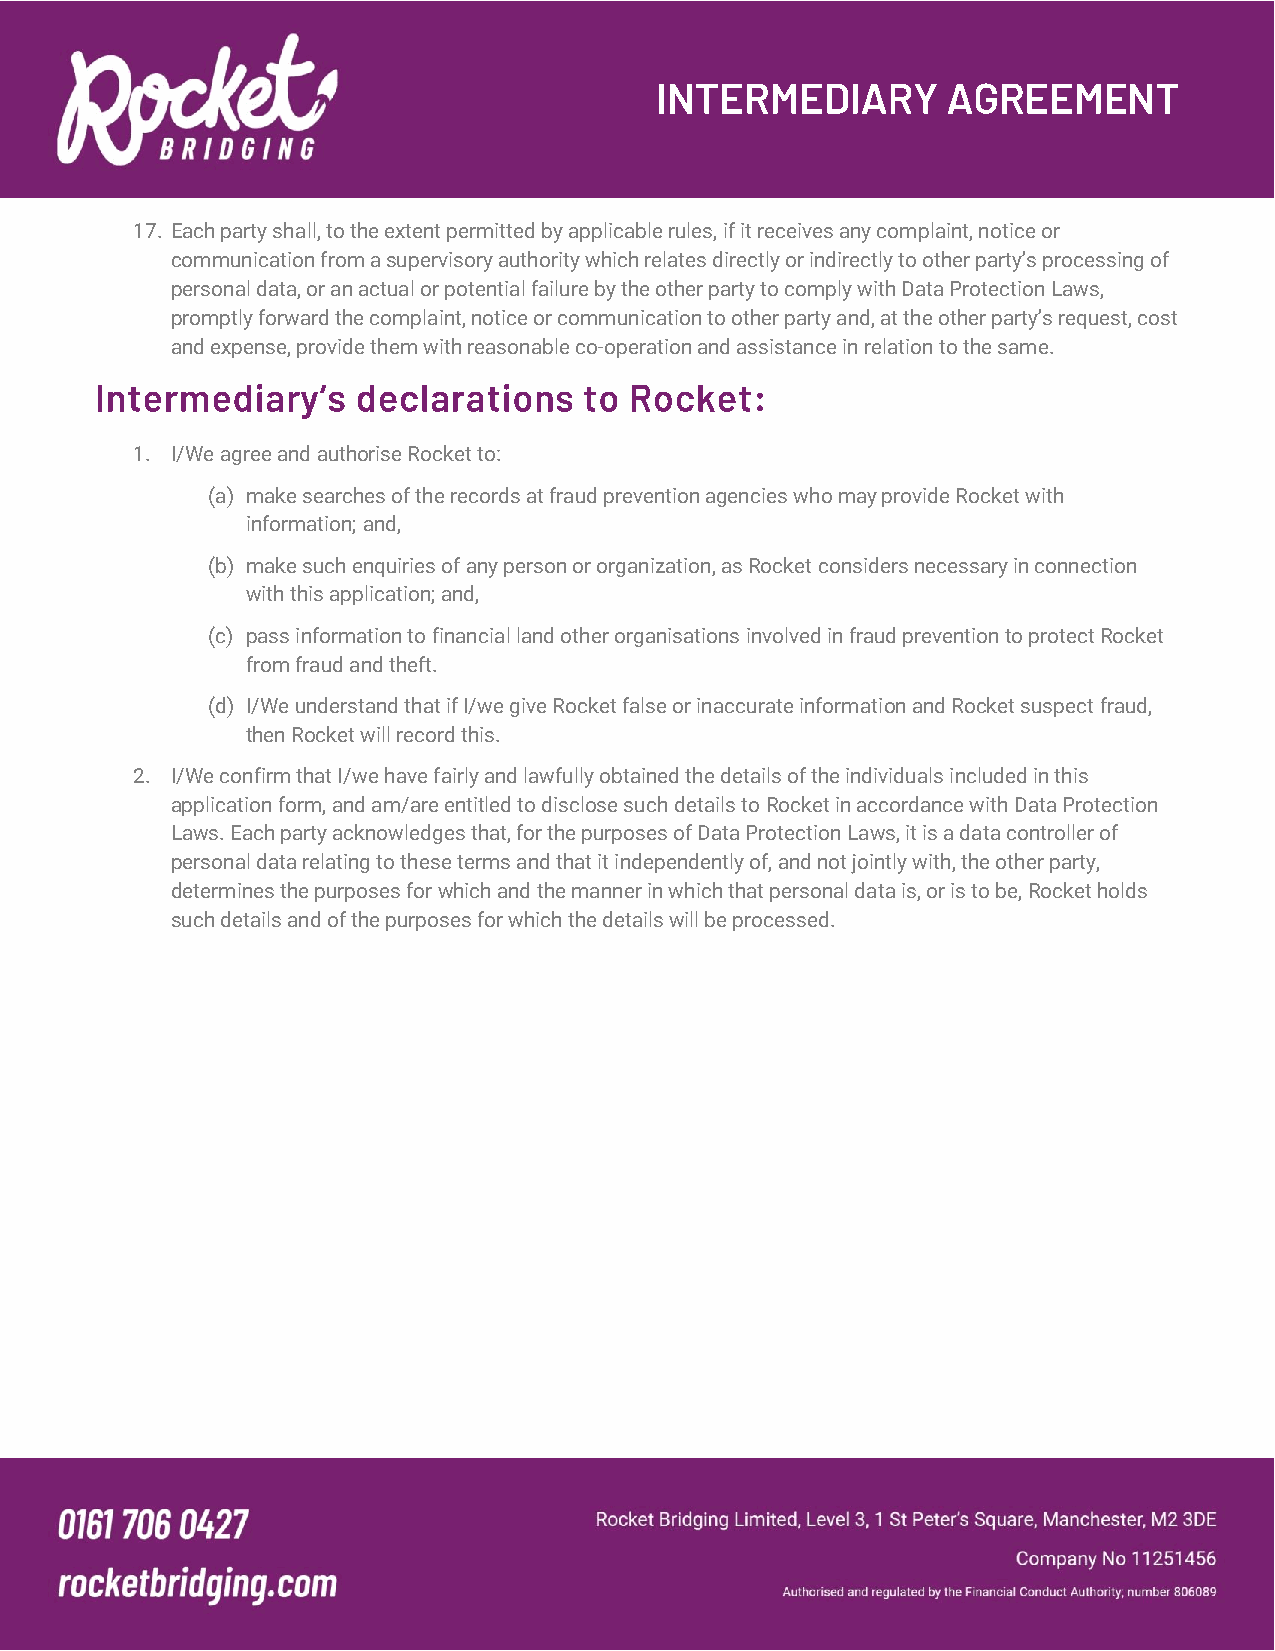
17. Each party shall, to the extent permitted by applicable rules, if it receives any complaint, notice or
 communication from a supervisory authority which relates directly or indirectly to other party’s processing of
 personal data, or an actual or potential failure by the other party to comply with Data Protection Laws,
 promptly forward the complaint, notice or communication to other party and, at the other party’s request, cost
 and expense, provide them with reasonable co-operation and assistance in relation to the same.
 1. I/We agree and authorise Rocket to:
 (a) make searches of the records at fraud prevention agencies who may provide Rocket with
 information; and,
 (b) make such enquiries of any person or organization, as Rocket considers necessary in connection
 with this application; and,
 (c) pass information to financial land other organisations involved in fraud prevention to protect Rocket
 from fraud and theft.
 (d) I/We understand that if I/we give Rocket false or inaccurate information and Rocket suspect fraud,
 then Rocket will record this.
 2. I/We confirm that I/we have fairly and lawfully obtained the details of the individuals included in this
 application form, and am/are entitled to disclose such details to Rocket in accordance with Data Protection
 Laws. Each party acknowledges that, for the purposes of Data Protection Laws, it is a data controller of
 personal data relating to these terms and that it independently of, and not jointly with, the other party,
 determines the purposes for which and the manner in which that personal data is, or is to be, Rocket holds
 such details and of the purposes for which the details will be processed.